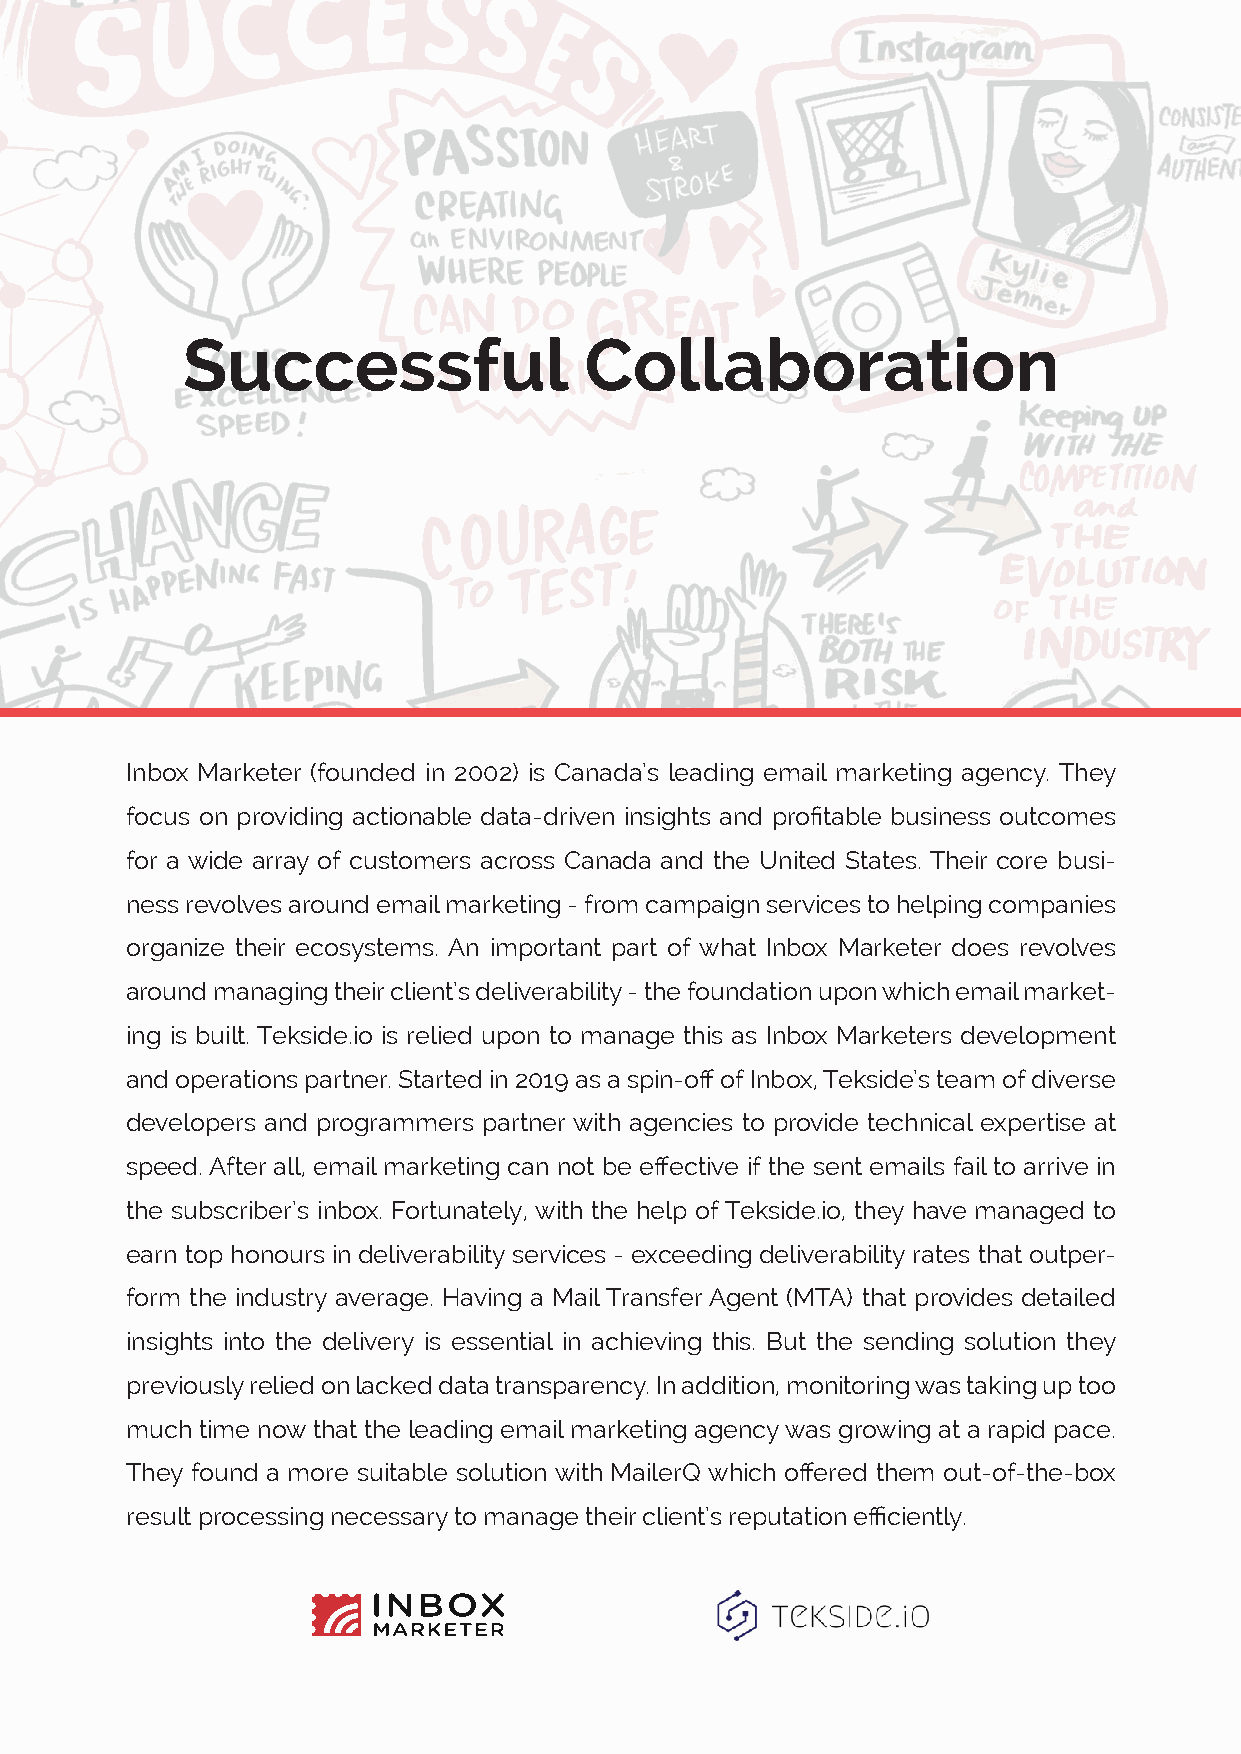
Successful                 Collaboration
 Inbox Marketer (founded in 2002) is Canada’s leading email marketing agency. They
 focus on providing actionable data-driven insights and profitable business outcomes
 for a wide array of customers across Canada and the United States. Their core busi-
 ness revolves around email marketing - from campaign services to helping companies
 organize their ecosystems. An important part of what Inbox Marketer does revolves
 around managing their client’s deliverability - the foundation upon which email market-
 ing is built. Tekside.io is relied upon to manage this as Inbox Marketers development
 and operations partner. Started in 2019 as a spin-off of Inbox, Tekside’s team of diverse
 developers and programmers partner with agencies to provide technical expertise at
 speed. After all, email marketing can not be effective if the sent emails fail to arrive in
 the subscriber’s inbox. Fortunately, with the help of Tekside.io, they have managed to
 earn top honours in deliverability services - exceeding deliverability rates that outper-
 form the industry average. Having a Mail Transfer Agent (MTA) that provides detailed
 insights into the delivery is essential in achieving this. But the sending solution they
 previously relied on lacked data transparency. In addition, monitoring was taking up too
 much time now that the leading email marketing agency was growing at a rapid pace.
 They found a more suitable solution with MailerQ which offered them out-of-the-box
 result processing necessary to manage their client’s reputation efficiently.